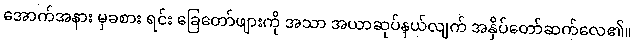
အောက်အနား မှခစား ရင်း ခြေတော်ဖျားကို အသာ အယာဆုပ်နယ်လျက် အနှိပ်တော်ဆက်လေ၏။